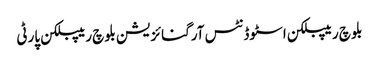
بلوچ ریپبلکن اسٹوڈنٹس آرگنائزیشن بلوچ ریپبلکن پارٹی